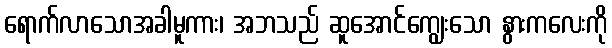
ရောက်လာသောအခါမူကား၊ အဘသည် ဆူအောင်ကျွေးသော နွားကလေးကို